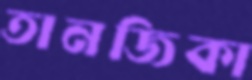
তানজিকা